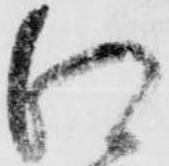
江